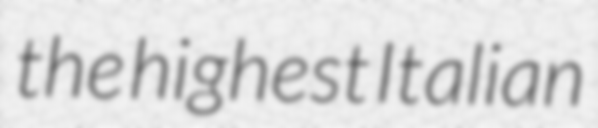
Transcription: the highest Italian